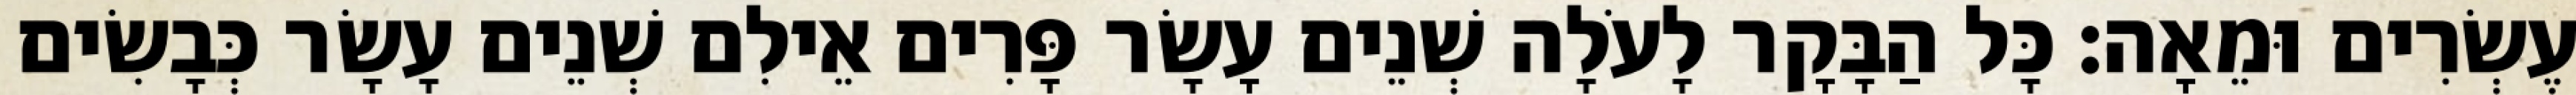
עֶשְׂרִים וּמֵאָה׃ כָּל הַבָּקָר לָעֹלָה שְׁנֵים עָשָׂר פָּרִים אֵילִם שְׁנֵים עָשָׂר כְּבָשִׂים